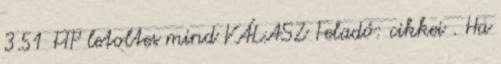
3.51 FTP letoltes mind VÁLASZ Feladó: cikkei . Ha